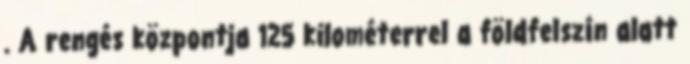
. A rengés központja 125 kilométerrel a földfelszín alatt